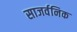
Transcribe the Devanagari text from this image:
साजर्वनिक